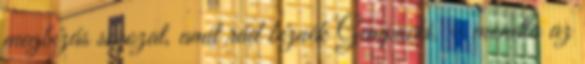
megbízás sorozat, amit rád bíznék Gempachi. – mondta az